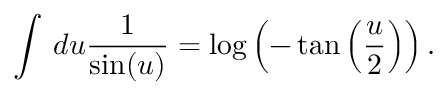
\int \, d u \frac { 1 } { \sin ( u ) } = \log \left( - \tan \left( \frac { u } { 2 } \right) \right) .